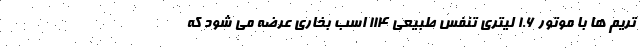
تریم ها با موتور 1.6 لیتری تنفس طبیعی 114 اسب بخاری عرضه می شود که